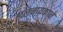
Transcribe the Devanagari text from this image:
खलनायकाने